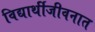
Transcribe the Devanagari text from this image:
विद्यार्थीजीवनात